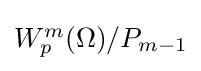
\textstyle W_{p}^{m}(\Omega )/P_{m-1}